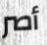
أصر